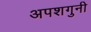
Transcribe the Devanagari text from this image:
अपशगुनी